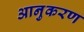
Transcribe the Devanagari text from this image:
आनुकरण